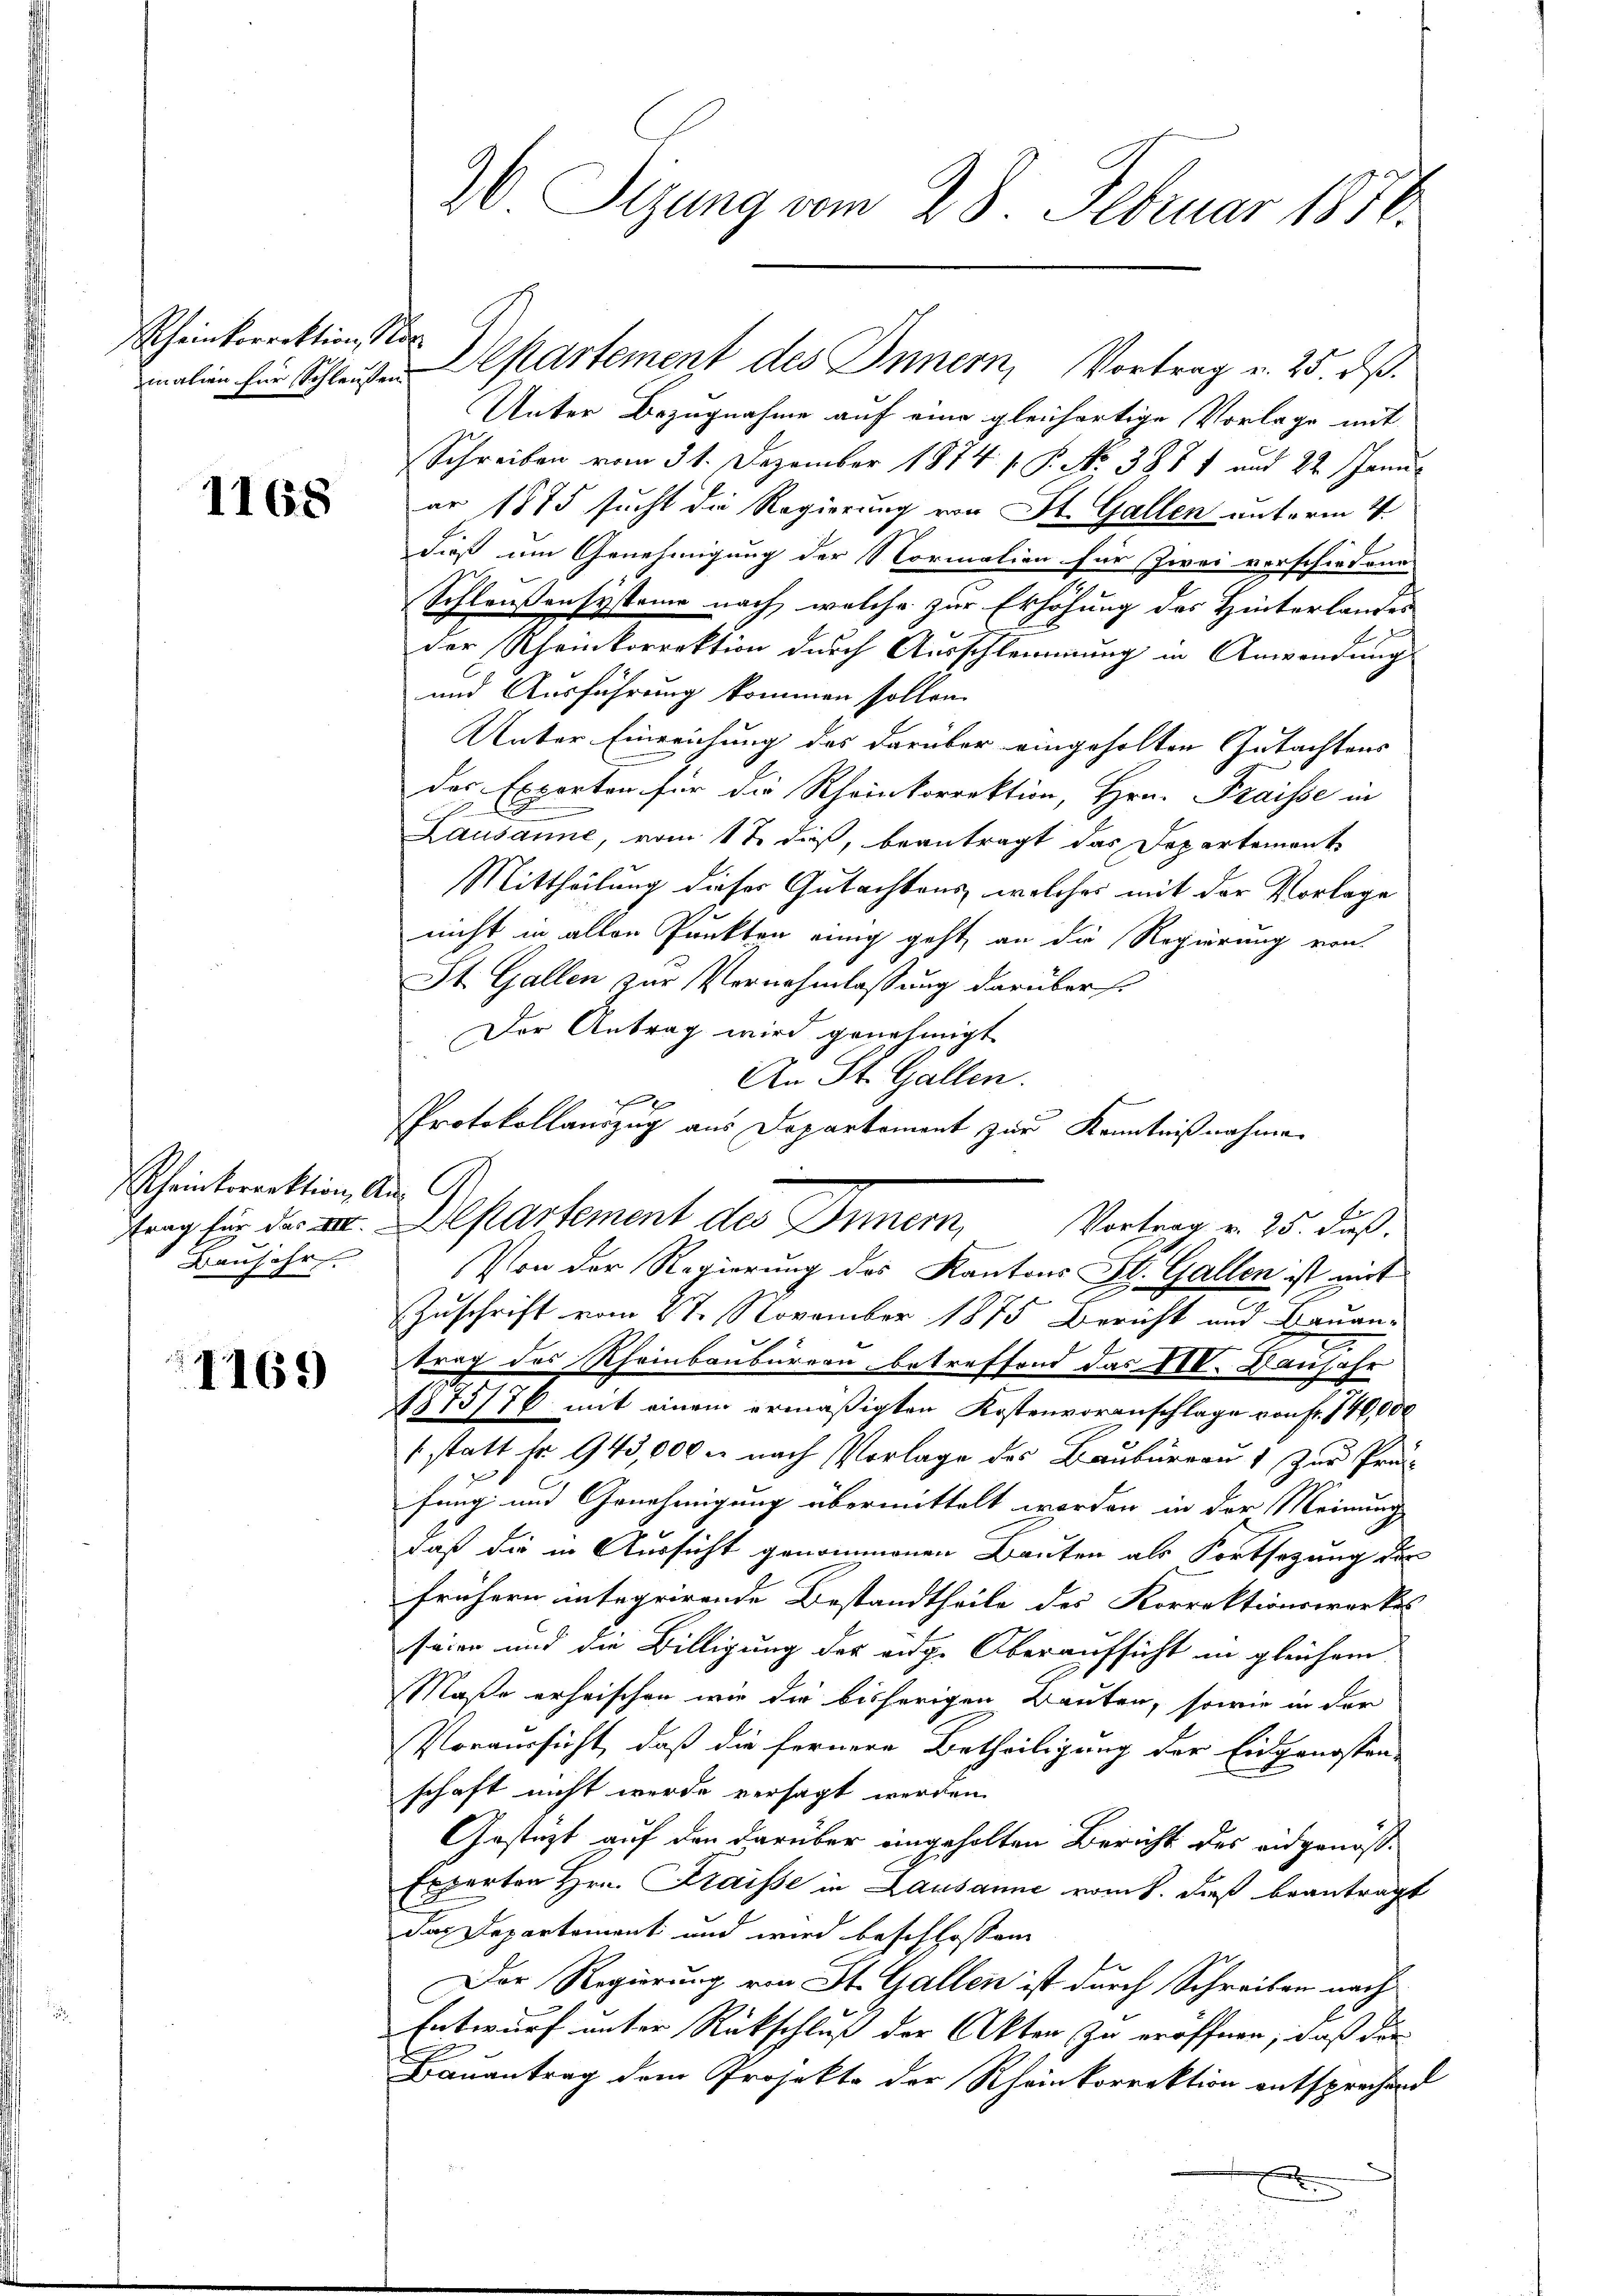
Rheinkorrektion Nac

1168

Rheinkorrektion, Aus G
Baujahr

1169

alien für Schleien Departement des Innern, Vortrag v. 25. dß.
Unter Bezugnahme auf eine gleichartige Vorlage mit
Schreiben vom 31. Dezember 1874 v. P. Nr. 388 1 und 22. Janu
ar 1875 sucht die Regierung von St. Gallen unterm 4.
dieß um Genehmigung der Normalien für Zwei verschiedene
Schleußensysteme nach, welche zur Erhöhung des Hinterlandes
der Rheinkorrektion durch Ausschlemmung in Anwendung
und Ausführung kommen sollen.
Unter Einreichung des darüber eingeholten Gutachtens
des Exporten für die Rheinkorrektion, Hrn. Fraisse in
u
Lausanne, vom 17 dieß, beantragt das Departement
Mittheilung dieser Gutachtens, welches mit der Vorlage
nicht in allen Punkten einig geht, an die Regierung von
St. Gallen zur Vernehmlassung darüber
Der Antrag wird genehmigt
An St. Gallen.

PProtokollauszug aus Departement zur Kenntnißnahmen
trag für der Dr. Departement des Inner, Vortrag v. 25. dß.
Von der Regierung des Kantons St. Gallen ist mit
i
Zuschrift vom 27. November 1875 Bericht und Bauantrag des Rheinbaubürern, betreffend das III. Banjahr
875/76 mit einem ermäßigten Kostenvoranschlage von fr. 740,000
(statt fr. 943,000 u. nach Vorlage des Baubureau 1 zur Prä-
fung und Genehmigung übermittelt worden in der Meinung
daß die in Aussicht genommenen Bauten als Fortsetzung der
frühern integrirende Bestandtheile des Korrektionswerkes
seien und die Billigung der ange Oberaufsicht in gleichem
Maße erheischen wir die bisherigen Bauten, sowie in der
Poraussicht, daß die fernere Betheiligung der Eidgenossen-
schaft nicht werde versagt werden.
Gestüzt auf den darüber eingeholten Bericht des eidgenös¬
Experten Hrn. Fraisse in Lausanne vom 8. daß beantragt
das Departement und wird beschlossen
Der Regierung von St. Gallen ist durch Schreiben nach¬
Entwurf unter Rückschluß der Akten zu eröffnen, daß der
Bauantrag dem Projekte der Rheinkorrektion entsprechend
g
A

26 Sizung vom 28. Februar 1870.